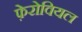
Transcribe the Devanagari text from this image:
फ़ेरोवियल